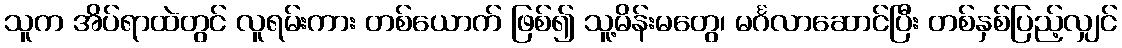
သူက အိပ်ရာထဲတွင် လူရမ်းကား တစ်ယောက် ဖြစ်၍ သူ့မိန်းမတွေ၊ မင်္ဂလာဆောင်ပြီး တစ်နှစ်ပြည့်လျှင်